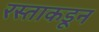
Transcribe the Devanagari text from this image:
रस्ताकडून